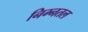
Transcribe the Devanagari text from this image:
निम्नतल